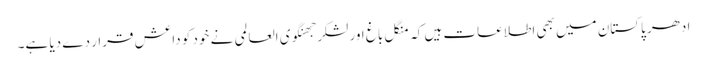
ادھر پاکستان میں بھی اطلاعات ہیں کہ منگل باغ اور لشکر جھنگوی العالمی نے خود کو داعش قرار دے دیا ہے۔